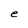
Character: e